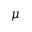
\mu